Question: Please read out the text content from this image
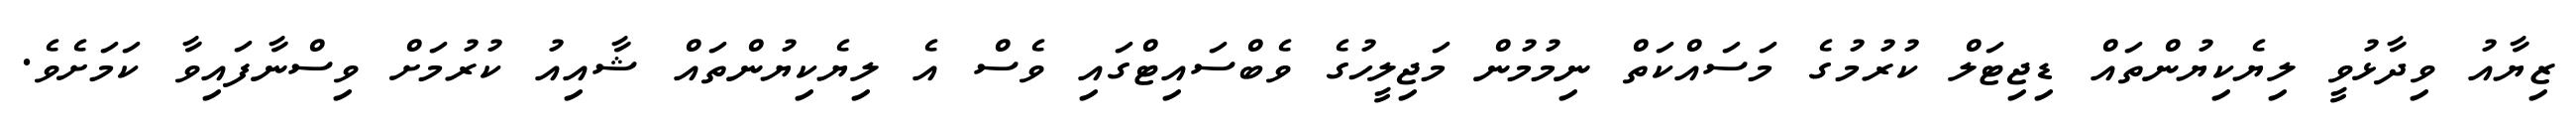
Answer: ޒިޔާއު ވިދާޅުވީ ލިޔެކިޔުންތައް ޑިޖިޓަލް ކުރުމުގެ މަސައްކަތް ނިމުމުން މަޖިލީހުގެ ވެބްސައިޓްގައި ވެސް އެ ލިޔެކިޔުންތައް ޝާއިއު ކުރުމަށް ވިސްނާފައިވާ ކަމަށެވެ.